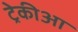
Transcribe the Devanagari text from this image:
ट्रेकीआ